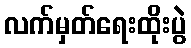
လက်မှတ်ရေးထိုးပွဲ